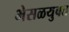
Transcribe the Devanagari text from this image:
भेसळयुक्त